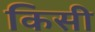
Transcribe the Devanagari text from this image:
किसी